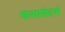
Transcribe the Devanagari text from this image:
कथासंदर्भ